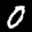
Label: 0